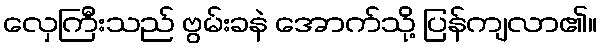
လှေကြီးသည် ဗွမ်းခနဲ အောက်သို့ ပြန်ကျလာ၏။